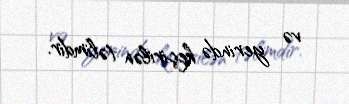
və yerində keçirilən təlimdir.